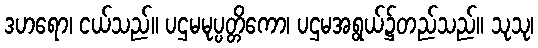
ဒဟရော၊ ငယ်သည်။ ပဌမမုပ္ပတ္တိကော၊ ပဌမအရွယ်၌တည်သည်။ သုသု၊